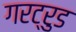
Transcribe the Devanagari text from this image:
गरट्रुड